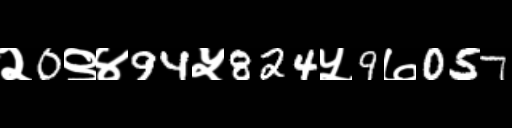
Text: २0९४94५824५9७057